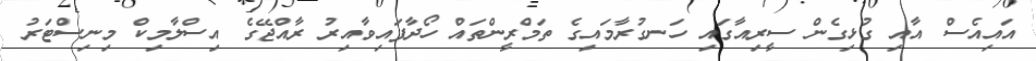
އައިއެސް އާއި ގުޅިގެން ސީރިއާގައި ހަނގުރާމައިގެ ތަމްރީންތައް ހޯދާފައިވާއިރު ރާއްޖޭގެ އިސްލާމިކް މިނިސްޓަރު